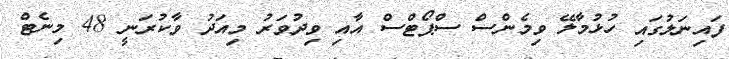
ފައިނަލުގައި ހުޅުމާލޭ ވިމެންސް ސްޕޯޓްސް އާއި ވިދުވަރު މިއަދު ވާކުރަނީ 48 މިނެޓް